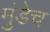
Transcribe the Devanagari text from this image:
मुंडेच